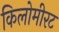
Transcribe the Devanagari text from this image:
किलोमीरट